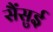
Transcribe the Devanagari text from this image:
सैंसुई